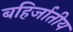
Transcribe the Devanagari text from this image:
बहिर्जातीय